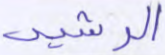
الرشيد